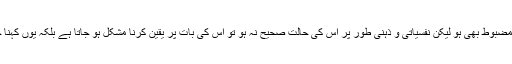
یہ ایک انتہائی اہم بات ہے کیونکہ ایک شخص اخلاقی لحاظ سے چاہے مضبوط بھی ہو لیکن نفسیاتی و ذہنی طور پر اس کی حالت صحیح نہ ہو تو اس کی بات پر یقین کرنا مشکل ہو جاتا ہے بلکہ یوں کہنا چاہئے کہ ایسے شخص کی باتوں کو وزن دینا خوامخواہ کی زیادتی ہے۔